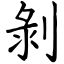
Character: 剝